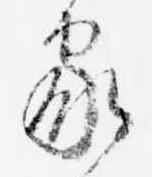
家